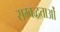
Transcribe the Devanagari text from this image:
सम्बद्धताओं